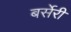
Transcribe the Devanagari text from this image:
बर्सेरी